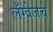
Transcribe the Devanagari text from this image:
लँग्वेजचे